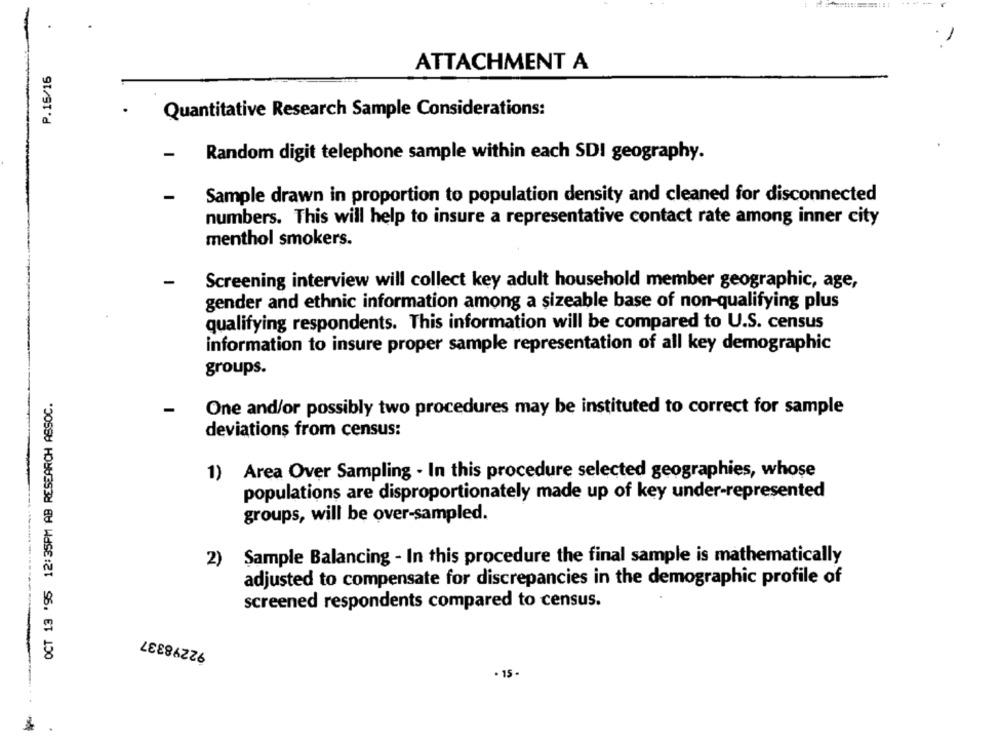
ATTACHMENT A
P.15/16
Quantitative Research Sample Considerations:
-
Random digit telephone sample within each SDI geography.
-
Sample drawn in proportion to population density and cleaned for disconnected
numbers. This will help to insure a representative contact rate among inner city
menthol smokers.
-
Screening interview will collect key adult household member geographic, age,
gender and ethnic information among a sizeable base of non-qualifying plus
qualifying respondents. This information will be compared to U.S. census
information to insure proper sample representation of all key demographic
groups.
OCT 13 '95 12:35PM AB RESEARCH ASSOC.
-
One and/or possibly two procedures may be instituted to correct for sample
deviations from census:
1) Area Over Sampling - In this procedure selected geographies, whose
populations are disproportionately made up of key under-represented
groups, will be over-sampled.
2) Sample Balancing - In this procedure the final sample is mathematically
adjusted to compensate for discrepancies in the demographic profile of
screened respondents compared to census.
92298337
.15-